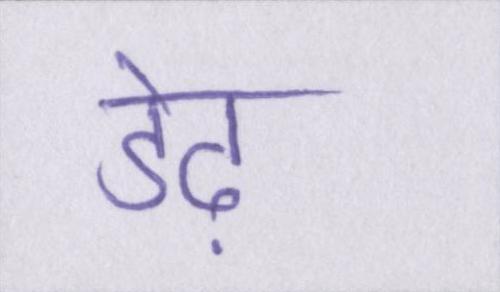
डेढ़